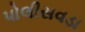
પોલીસવડા